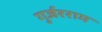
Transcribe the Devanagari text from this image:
गुर्जरराम